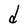
Character: d